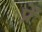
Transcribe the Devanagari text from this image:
प्रें